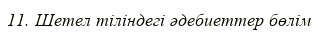
11. Шетел тіліндегі әдебиеттер бөлім